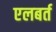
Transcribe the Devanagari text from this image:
एलबर्त